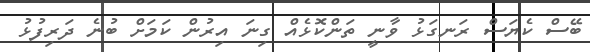
ބޭސް ކެޔަސް ރަނގަޅު ވާނީ ތަންކޮޅެއް ގިނަ އިރުން ކަމަށް ބުނެ ދަރިފުޅު